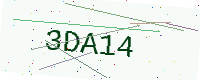
Text: 3DA14